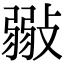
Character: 𢾲